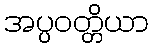
အပ္ပဝတ္တိယာ